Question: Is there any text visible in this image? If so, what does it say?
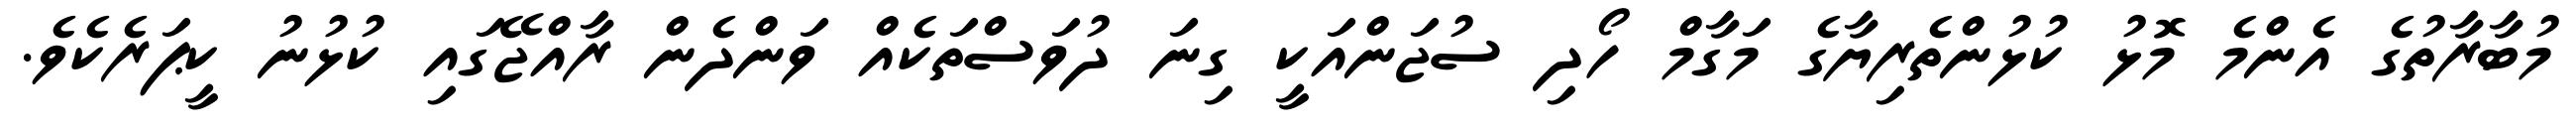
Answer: މުބާރާތުގެ އެންމެ މޮޅު ކުޅުންތެރިޔާގެ މަގާމް ހޯދި ސުޖަންއަކީ ގިނަ ދުވަސްތަކެއް ވަންދެން ރާއްޖޭގައި ކުޅުނު ކީޕަރެކެވެ.